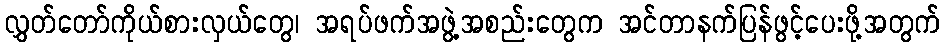
လွှတ်တော်ကိုယ်စားလှယ်တွေ၊ အရပ်ဖက်အဖွဲ့အစည်းတွေက အင်တာနက်ပြန်ဖွင့်ပေးဖို့အတွက်